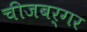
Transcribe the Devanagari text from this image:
चीजबर्गर